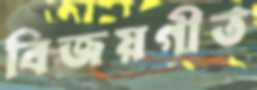
বিজয়গীত